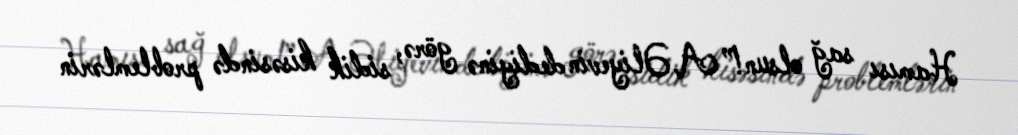
Hamısı sağ olsun!” A.Əliyevin dediyinə görə, sidik kisəsində problemlərin